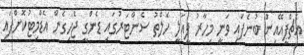
އެޗްޕީއޭއިން ބުނެފައި ވަނީ މިހާރު ފީއަލީ ހެލްތު ސެންޓަރުގައި ޑެންގީ ޖެހިގެން އެޑްމިޓުކޮށްފައި